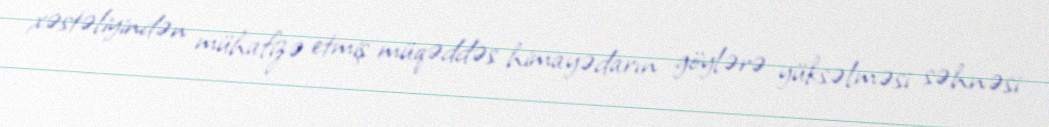
xəstəliyindən mühafizə etmiş müqəddəs himayədarın göylərə yüksəlməsi səhnəsi